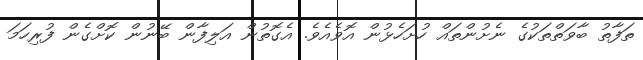
ތަފާތު ބާވަތްތަކުގެ ނެށުންތައް ހުށަހެޅުން އޮވެއެވެ. އެގޮތުން އަލިފާން ބޭނުން ކޮށްގެން ފުރިހަމަ